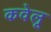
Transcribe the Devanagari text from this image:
कवेलू